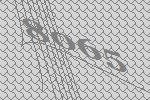
8065